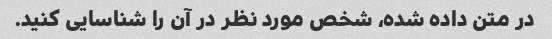
در متن داده شده، شخص مورد نظر در آن را شناسایی کنید.